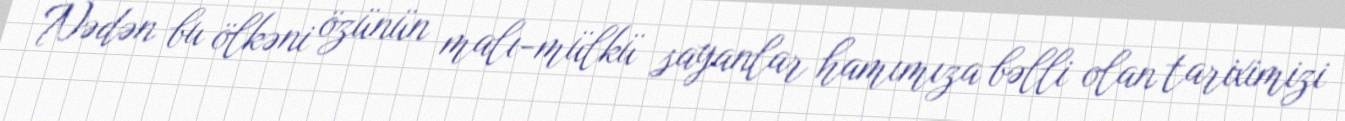
Nədən bu ölkəni özünün malı-mülkü sayanlar hamımıza bəlli olan tariximizi